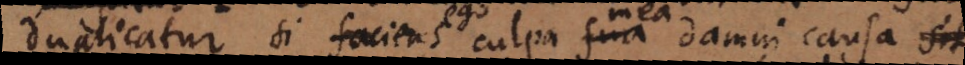
Si faciens culpa sua damni causa sit